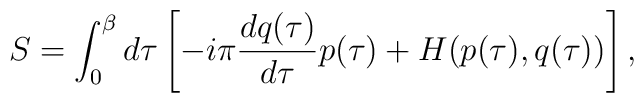
S=\int_0^{\beta} d\tau \left[ -i\pi\frac{dq(\tau)}{d\tau}p(\tau)+H(p(\tau),q(\tau)) \right],